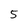
Character: 5